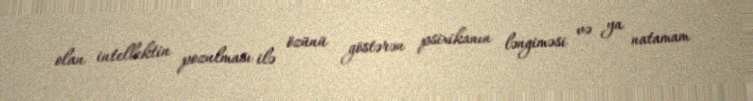
olan intellektin pozulması ilə özünü göstərən psixikanın ləngiməsi və ya natamam